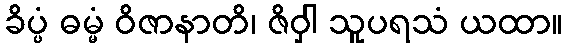
ခိပ္ပံ ဓမ္မံ ဝိဇာနာတိ၊ ဇိဝှါ သူပရသံ ယထာ။